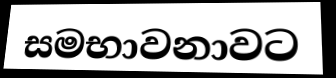
සමභාවනාවට